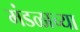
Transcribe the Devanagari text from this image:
मंडळाच्‍या